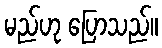
မည်ဟု ပြောသည်။